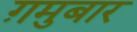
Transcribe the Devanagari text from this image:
ग़मुबार